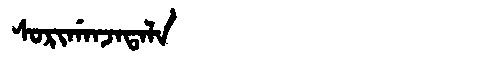
Manchu: ᠰᠣᡵᡳᡤᠠᠨᠵᠠᡨᠠᠯᠠ
Romanization: SORIGANJATALA